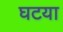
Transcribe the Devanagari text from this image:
घटया